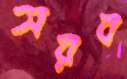
সরব